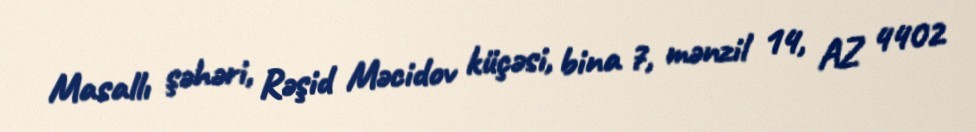
Masallı şəhəri, Rəşid Məcidov küçəsi, bina 7, mənzil 14, AZ 4402